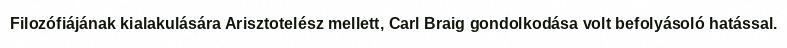
Filozófiájának kialakulására Arisztotelész mellett, Carl Braig gondolkodása volt befolyásoló hatással.